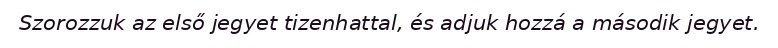
Szorozzuk az első jegyet tizenhattal, és adjuk hozzá a második jegyet.